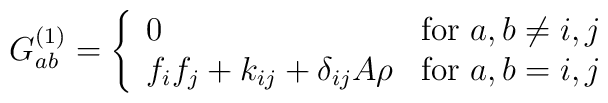
G_{ab}^{(1)} = \left\{ \begin{array}{ll}                   0   & \mbox{for $a,b\ne i,j$}     \\         f_if_j+k_{ij}+\delta_{ij}A\rho & \mbox{for $a,b= i,j$}                         \end{array}\right.